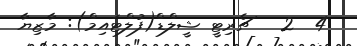
4  2   ޗެރިޓީ ޝީލްޑް(ފުލްޓައިމް): މާޒިޔާ